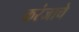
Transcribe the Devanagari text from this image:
करंजाचे